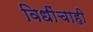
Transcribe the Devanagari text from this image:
विधींचाही